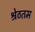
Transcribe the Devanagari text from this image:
श्रेठतम